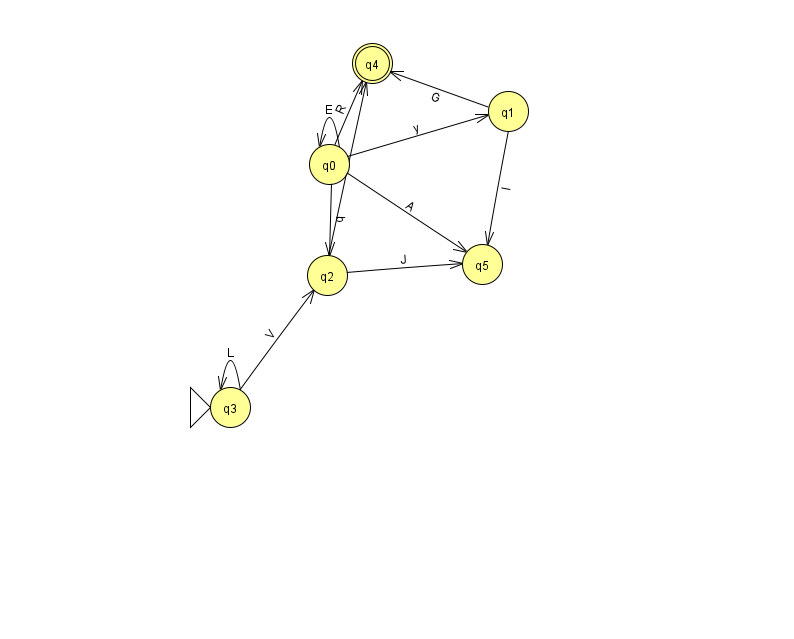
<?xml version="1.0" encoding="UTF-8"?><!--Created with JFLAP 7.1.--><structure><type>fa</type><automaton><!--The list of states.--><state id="0" name="q0"><x>329.0</x><y>151.0</y></state><state id="1" name="q1"><x>508.0</x><y>98.0</y></state><state id="2" name="q2"><x>327.0</x><y>262.0</y></state><state id="3" name="q3"><x>230.0</x><y>394.0</y><initial/></state><state id="4" name="q4"><x>372.0</x><y>50.0</y><final/></state><state id="5" name="q5"><x>482.0</x><y>251.0</y></state><!--The list of transitions.--><transition><from>3</from><to>2</to><read>V</read></transition><transition><from>0</from><to>0</to><read>E</read></transition><transition><from>0</from><to>2</to><read>q</read></transition><transition><from>0</from><to>5</to><read>A</read></transition><transition><from>0</from><to>4</to><read>R</read></transition><transition><from>1</from><to>5</to><read>l</read></transition><transition><from>0</from><to>1</to><read>y</read></transition><transition><from>2</from><to>4</to><read>i</read></transition><transition><from>2</from><to>5</to><read>J</read></transition><transition><from>3</from><to>3</to><read>L</read></transition><transition><from>1</from><to>4</to><read>G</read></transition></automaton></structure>